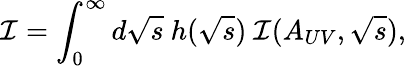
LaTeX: {\cal I}=\int_{0}^{\infty}d\sqrt s\ h(\sqrt s)\ {\cal I}(A_{UV},\sqrt s),